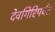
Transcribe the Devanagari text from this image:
देवगिरिपर्वत